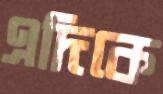
এদিকে